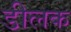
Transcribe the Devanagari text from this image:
डीलक